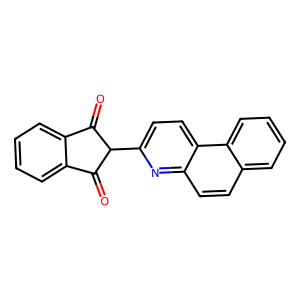
SMILES: O=C1c2ccccc2C(=O)C1c1ccc2c(ccc3ccccc32)n1
Inhibits HIV replication: No